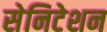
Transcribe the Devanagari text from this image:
सेनिटेशन